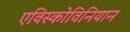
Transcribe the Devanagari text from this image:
एविस्कोविनियान